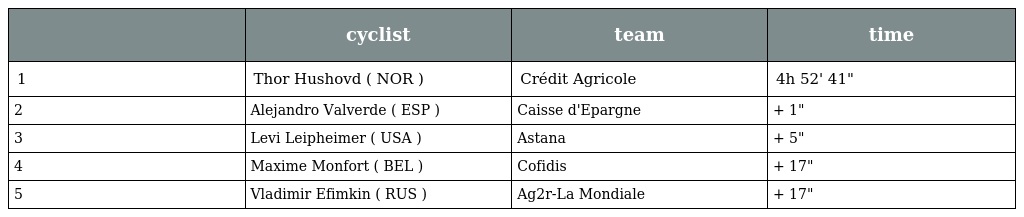
|  | cyclist | team | time |
 | --- | --- | --- | --- |
 | 1 | Thor Hushovd ( NOR ) | Crédit Agricole | 4h 52' 41" |
 | 2 | Alejandro Valverde ( ESP ) | Caisse d'Epargne | + 1" |
 | 3 | Levi Leipheimer ( USA ) | Astana | + 5" |
 | 4 | Maxime Monfort ( BEL ) | Cofidis | + 17" |
 | 5 | Vladimir Efimkin ( RUS ) | Ag2r-La Mondiale | + 17" |